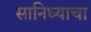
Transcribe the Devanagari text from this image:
सानिध्याचा